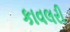
કાવલરી